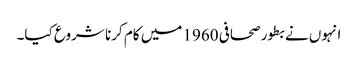
انہوں نے بطور صحافی 1960 میں کام کرنا شروع کیا۔